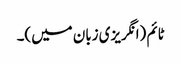
ٹائم (انگریزی زبان میں)۔